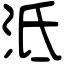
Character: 泜